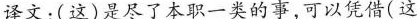
译文：(这)是尽了本职一类的事，可以凭借(这